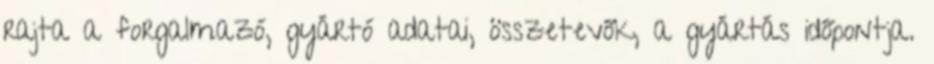
rajta a forgalmazó, gyártó adatai, összetevők, a gyártás időpontja.